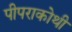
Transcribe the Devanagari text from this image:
पीपराकोथी